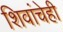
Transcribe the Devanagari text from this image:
शिवांचेही